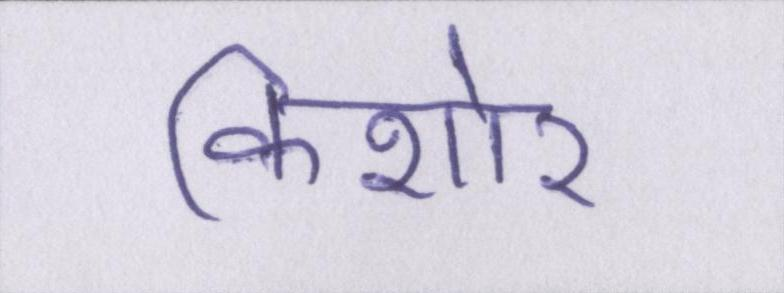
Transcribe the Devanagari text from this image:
किशोर